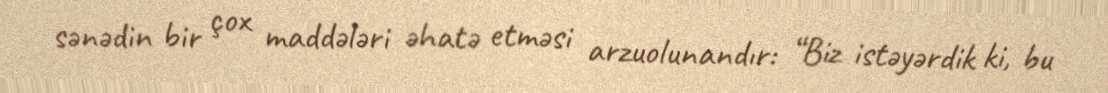
sənədin bir çox maddələri əhatə etməsi arzuolunandır: “Biz istəyərdik ki, bu